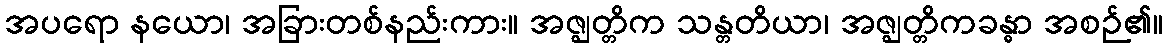
အပရော နယော၊ အခြားတစ်နည်းကား။ အဇ္ဈတ္တိက သန္တတိယာ၊ အဇ္ဈတ္တိကခန္ဓာ အစဉ်၏။